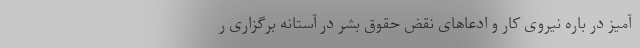
آمیز در باره نیروی کار و ادعاهای نقض حقوق بشر در آستانه برگزاری ر